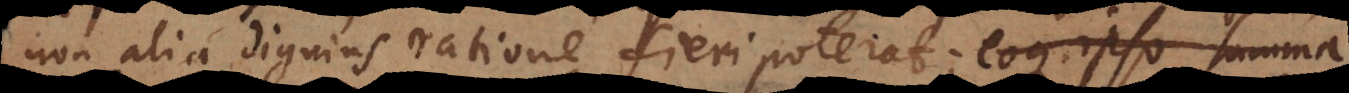
non alia dignius ratione fieri poterat; eoque ipso summa